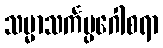
သမ္မာသင်္ကပ္ပဂေါစရာ